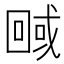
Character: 𭍮